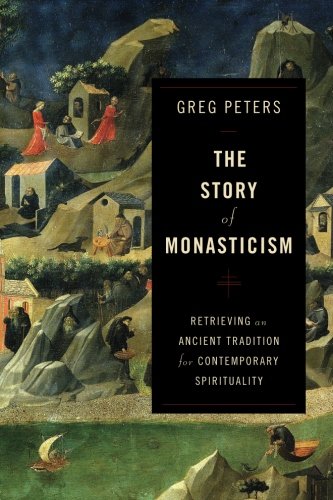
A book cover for The Story of Monasticism: Retrieving an Ancient Tradition for Contemporary Spirituality; Greg Peters; Christian Books & Bibles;